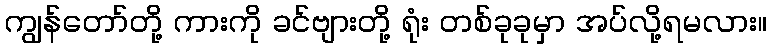
ကျွန်တော်တို့ ကားကို ခင်ဗျားတို့ ရုံး တစ်ခုခုမှာ အပ်လို့ရမလား။